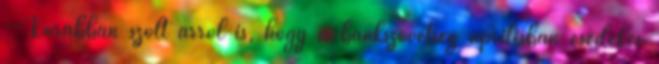
--Korábban szólt arról is, hogy a bankszövetség áprilisban esedékes